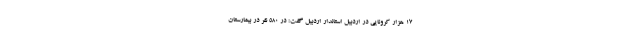
۱۷ هزار کرونایی در اردبیل استاندار اردبیل گفت: در ۵۸۰ نفر در بیمارستان